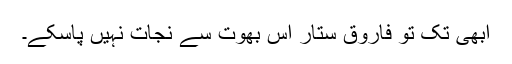
ابھی تک تو فاروق ستار اس بھوت سے نجات نہیں پاسکے۔